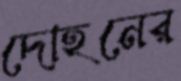
দোহনের